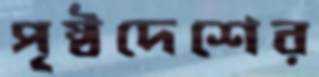
পৃষ্ঠদেশের